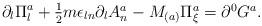
LaTeX: \begin{align*}\partial_{l}\Pi_{l}^{a}+\textstyle{\frac{1}{2}}m\epsilon_{ln}\partial_{l}A_{n}^{a}-M_{(a)}\Pi_{\xi}^{a}=\partial^{0}G^{a}.\end{align*}